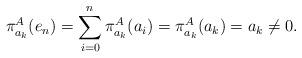
LaTeX: \begin{align*}\pi^A_{a_k}(e_n)=\sum_{i=0}^{n}\pi^A_{a_k}(a_i)=\pi^A_{a_k}(a_k)=a_k\not=0.\end{align*}